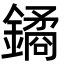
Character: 鐍